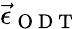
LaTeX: \vec{\epsilon}_{\mathrm{~O~D~T~}}